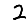
Digit: 2